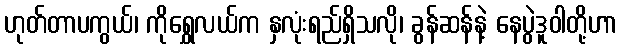
ဟုတ်တာပကွယ်၊ ကိုရွှေလယ်က နှလုံးရည်ရှိသလို၊ ခွန်ဆန်နဲ့ နေပွဲဒူဝါတို့ဟာ